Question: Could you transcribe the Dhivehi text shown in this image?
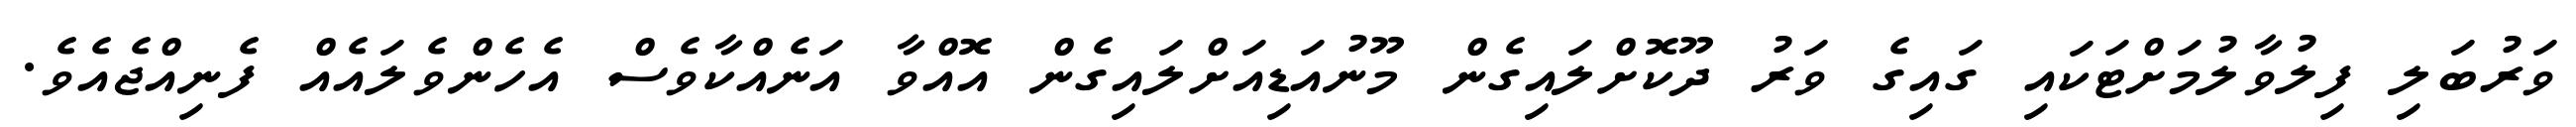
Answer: ވަރުބަލި ފިލުވާލުމަށްޓަކައި ގައިގެ ވަރު ދޫކޮށްލައިގެން މޫނުއަޑިއަށްލައިގެން އޮއްވާ އަނެއްކާވެސް އެހެންވެލައެއް ފެނިއްޖެއެވެ.